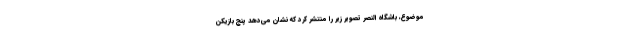
موضوع، باشگاه النصر تصویر زیر را منتشر کرد که نشان می‌دهد پنج بازیکن